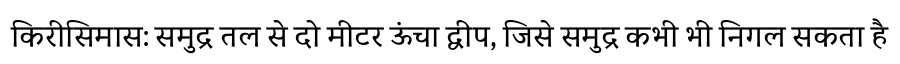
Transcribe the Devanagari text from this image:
किरीसिमास: समुद्र तल से दो मीटर ऊंचा द्वीप, जिसे समुद्र कभी भी निगल सकता है